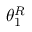
\theta _ { 1 } ^ { R }